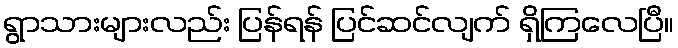
ရွာသားများလည်း ပြန်ရန် ပြင်ဆင်လျက် ရှိကြလေပြီ။